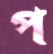
প